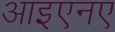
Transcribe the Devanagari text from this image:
आइएनए